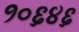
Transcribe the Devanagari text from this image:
१०६४६